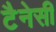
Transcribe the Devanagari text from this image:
टैनेसी